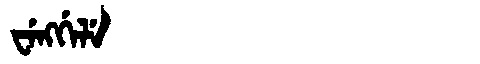
Manchu: ᠸᡝᠩᡤᡝᠯᡝ
Romanization: WENGGELE